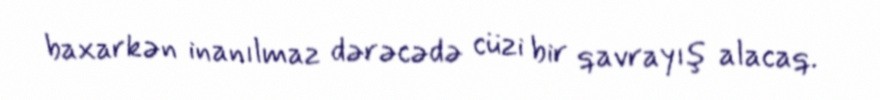
baxarkən inanılmaz dərəcədə cüzi bir qavrayış alacaq.